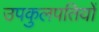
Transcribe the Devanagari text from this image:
उपकुलपतियों